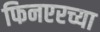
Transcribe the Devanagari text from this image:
फिनएरच्या